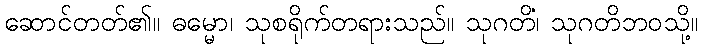
ဆောင်တတ်၏။ ဓမ္မော၊ သုစရိုက်တရားသည်။ သုဂတိံ၊ သုဂတိဘဝသို့။